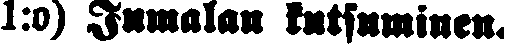
1:o) Jumalan kutsuminen.